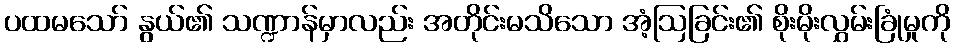
ပထမသော် နွယ်၏ သဏ္ဍာန်မှာလည်း အတိုင်းမသိသော အံ့ဩခြင်း၏ စိုးမိုးလွှမ်းခြုံမှုကို